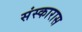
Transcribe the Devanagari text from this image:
संस्कारास